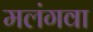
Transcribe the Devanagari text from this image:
मलंगवा